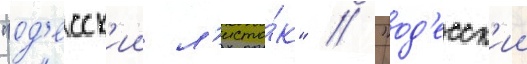
"од'есск'ии л'исто́к" / "од'есск'ии